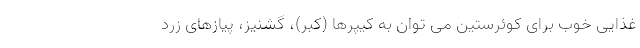
غذایی خوب برای کوئرستین می توان به کیپرها (کبر)، گشنیز، پیازهای زرد